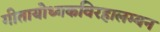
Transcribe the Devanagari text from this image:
गीतायोध्यकविरहालम्बन